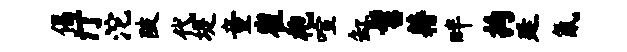
偈汀沱陂代堤童崔袍喧缸髫藉畔拘廷氤